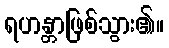
ရဟန္တာဖြစ်သွား၏။